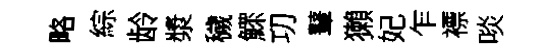
略綜龄漿穢鰥㓛鼙獺妃乍褾啖